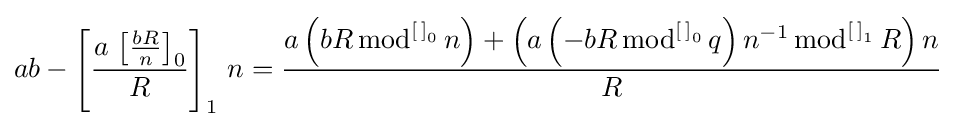
ab-\left[{\frac {a\,\left[{\frac {bR}{n}}\right]_{0}}{R}}\right]_{1}\,n={\frac {a\left(bR\,{\text{mod}}^{\left[\,\right]_{0}}\,n\right)+\left(a\left(-bR\,{\text{mod}}^{\left[\,\right]_{0}}\,q\right)n^{-1}\,{\text{mod}}^{\left[\,\right]_{1}}\,R\right)n}{R}}